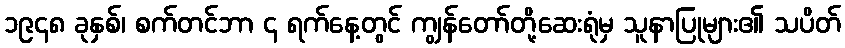
၁၉၄၈ ခုနှစ်၊ စက်တင်ဘာ ၄ ရက်နေ့တွင် ကျွန်တော်တို့ဆေးရုံမှ သူနာပြုများ၏ သပိတ်